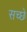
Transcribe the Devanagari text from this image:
सच्छे